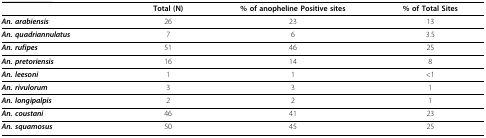
<table><thead><tr><td></td><td><b>Total (N)</b></td><td><b>% of anopheline Positive sites</b></td><td><b>% of Total Sites</b></td></tr></thead><tbody><tr><td><i><b>An. arabiensis</b></i></td><td>26</td><td>23</td><td>13</td></tr><tr><td><i><b>An. quadriannulatus</b></i></td><td>7</td><td>6</td><td>3.5</td></tr><tr><td><i><b>An. rufipes</b></i></td><td>51</td><td>46</td><td>25</td></tr><tr><td><i><b>An. pretoriensis</b></i></td><td>16</td><td>14</td><td>8</td></tr><tr><td><i><b>An. leesoni</b></i></td><td>1</td><td>1</td><td>&lt;1</td></tr><tr><td><i><b>An. rivulorum</b></i></td><td>3</td><td>3</td><td>1</td></tr><tr><td><i><b>An. longipalpis</b></i></td><td>2</td><td>2</td><td>1</td></tr><tr><td><i><b>An. coustani</b></i></td><td>46</td><td>41</td><td>23</td></tr><tr><td><i><b>An. squamosus</b></i></td><td>50</td><td>45</td><td>25</td></tr></tbody></table>